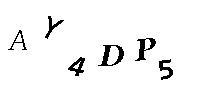
AY4DP5